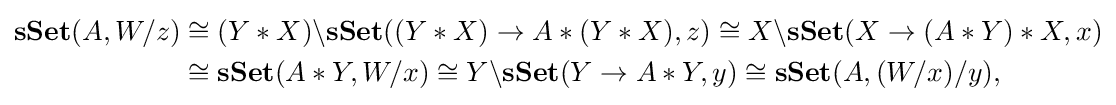
{\begin{aligned}\mathbf {sSet} (A,W/z)&\cong (Y*X)\backslash \mathbf {sSet} ((Y*X)\rightarrow A*(Y*X),z)\cong X\backslash \mathbf {sSet} (X\rightarrow (A*Y)*X,x)\\&\cong \mathbf {sSet} (A*Y,W/x)\cong Y\backslash \mathbf {sSet} (Y\rightarrow A*Y,y)\cong \mathbf {sSet} (A,(W/x)/y),\end{aligned}}